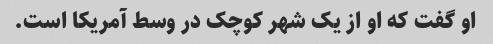
او گفت که او از یک شهر کوچک در وسط آمریکا است.